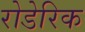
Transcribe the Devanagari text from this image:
रोडेरिक